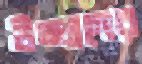
উচ্চাঙ্গের